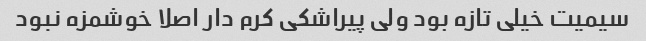
سیمیت خیلی تازه بود ولی پیراشکی کرم دار اصلا خوشمزه نبود